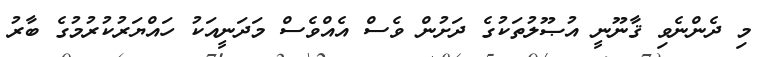
މި ދެންނެވި ޤާނޫނީ އުޞޫލުތަކުގެ ދަށުން ވެސް އެއްވެސް މަދަނީއަކު ހައްޔަރުކުރުމުގެ ބާރު